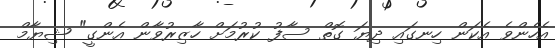
އެހެންވެ އެކަން ހިނގައި ދިޔަ ގޮތް ސާފު ކުރުމަށް ހާޒިރުވާން އެންގީ" ޝިޔާމް